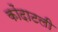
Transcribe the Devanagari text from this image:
कोंदाटली